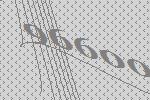
96600